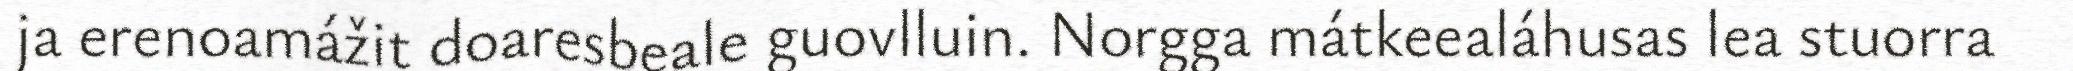
ja erenoamážit doaresbeale guovlluin. Norgga mátkeealáhusas lea stuorra